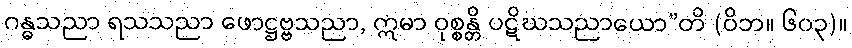
ဂန္ဓသညာ ရသသညာ ဖောဋ္ဌဗ္ဗသညာ, ဣမာ ဝုစ္စန္တိ ပဋိဃသညာယော”တိ (ဝိဘ။ ၆၀၃)။